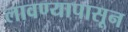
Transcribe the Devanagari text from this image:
लावण्यापासून